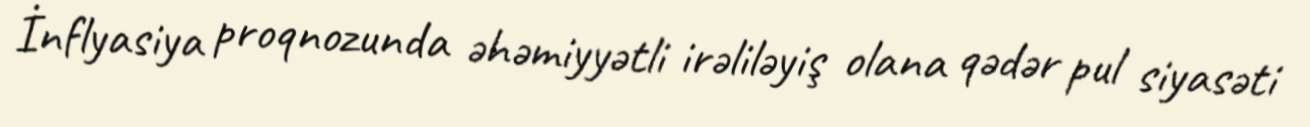
İnflyasiya proqnozunda əhəmiyyətli irəliləyiş olana qədər pul siyasəti